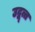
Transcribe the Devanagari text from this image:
उद्वृत्त